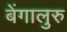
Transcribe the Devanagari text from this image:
बेंगालुरु